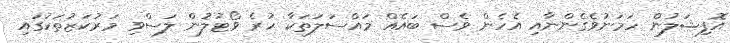
އޮފިޝަލުން ހަމަނުވެގެންނާއި އެހެން ވެސް ބައެއް މައްސަލަތަކާ ހުރެ ވޯޓުލުން ލަސްވި މަރުކަޒުތަކުގައި